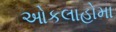
ઓકલાહોમા